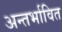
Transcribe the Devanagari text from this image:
अन्तर्भावित